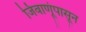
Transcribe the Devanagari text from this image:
जिवाणूंपासून